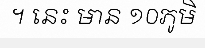
។ នេះ មាន ១០ភូមិ